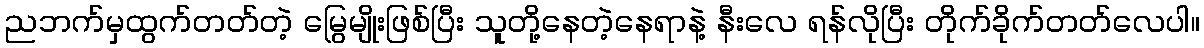
ညဘက်မှထွက်တတ်တဲ့ မြွေမျိုးဖြစ်ပြီး သူတို့နေတဲ့နေရာနဲ့ နီးလေ ရန်လိုပြီး တိုက်ခိုက်တတ်လေပါ။